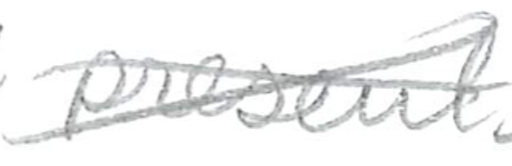
Text: present
Cross-out: cross
Writing tool: pencil